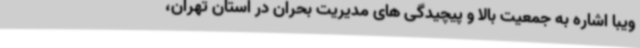
ویبا اشاره به جمعیت بالا و پیچیدگی های مدیریت بحران در استان تهران،